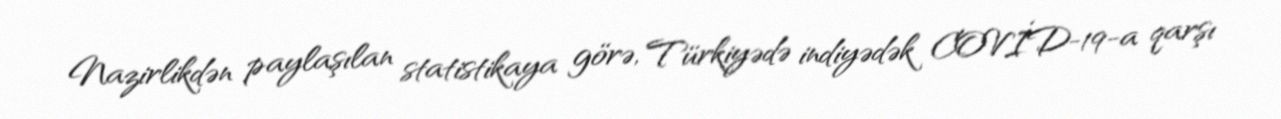
Nazirlikdən paylaşılan statistikaya görə, Türkiyədə indiyədək COVİD-19-a qarşı